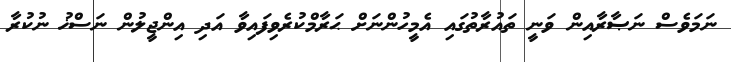
ނަމަވެސް ނަޞާރާއިން ވަނީ ތައުރާތުގައި އެމީހުންނަށް ޙަރާމްކުރެވިފައިވާ އަދި އިންޖީލުން ނަސްޚު ނުކުރާ